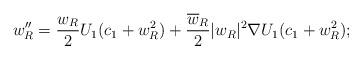
LaTeX: \begin{align*}w_R'' = \frac{w_R}{2} U_1(c_1 + w_R^2) + \frac{\overline{w}_R}{2} \vert w_R \vert^2 \nabla U_1(c_1 + w_R^2);\end{align*}